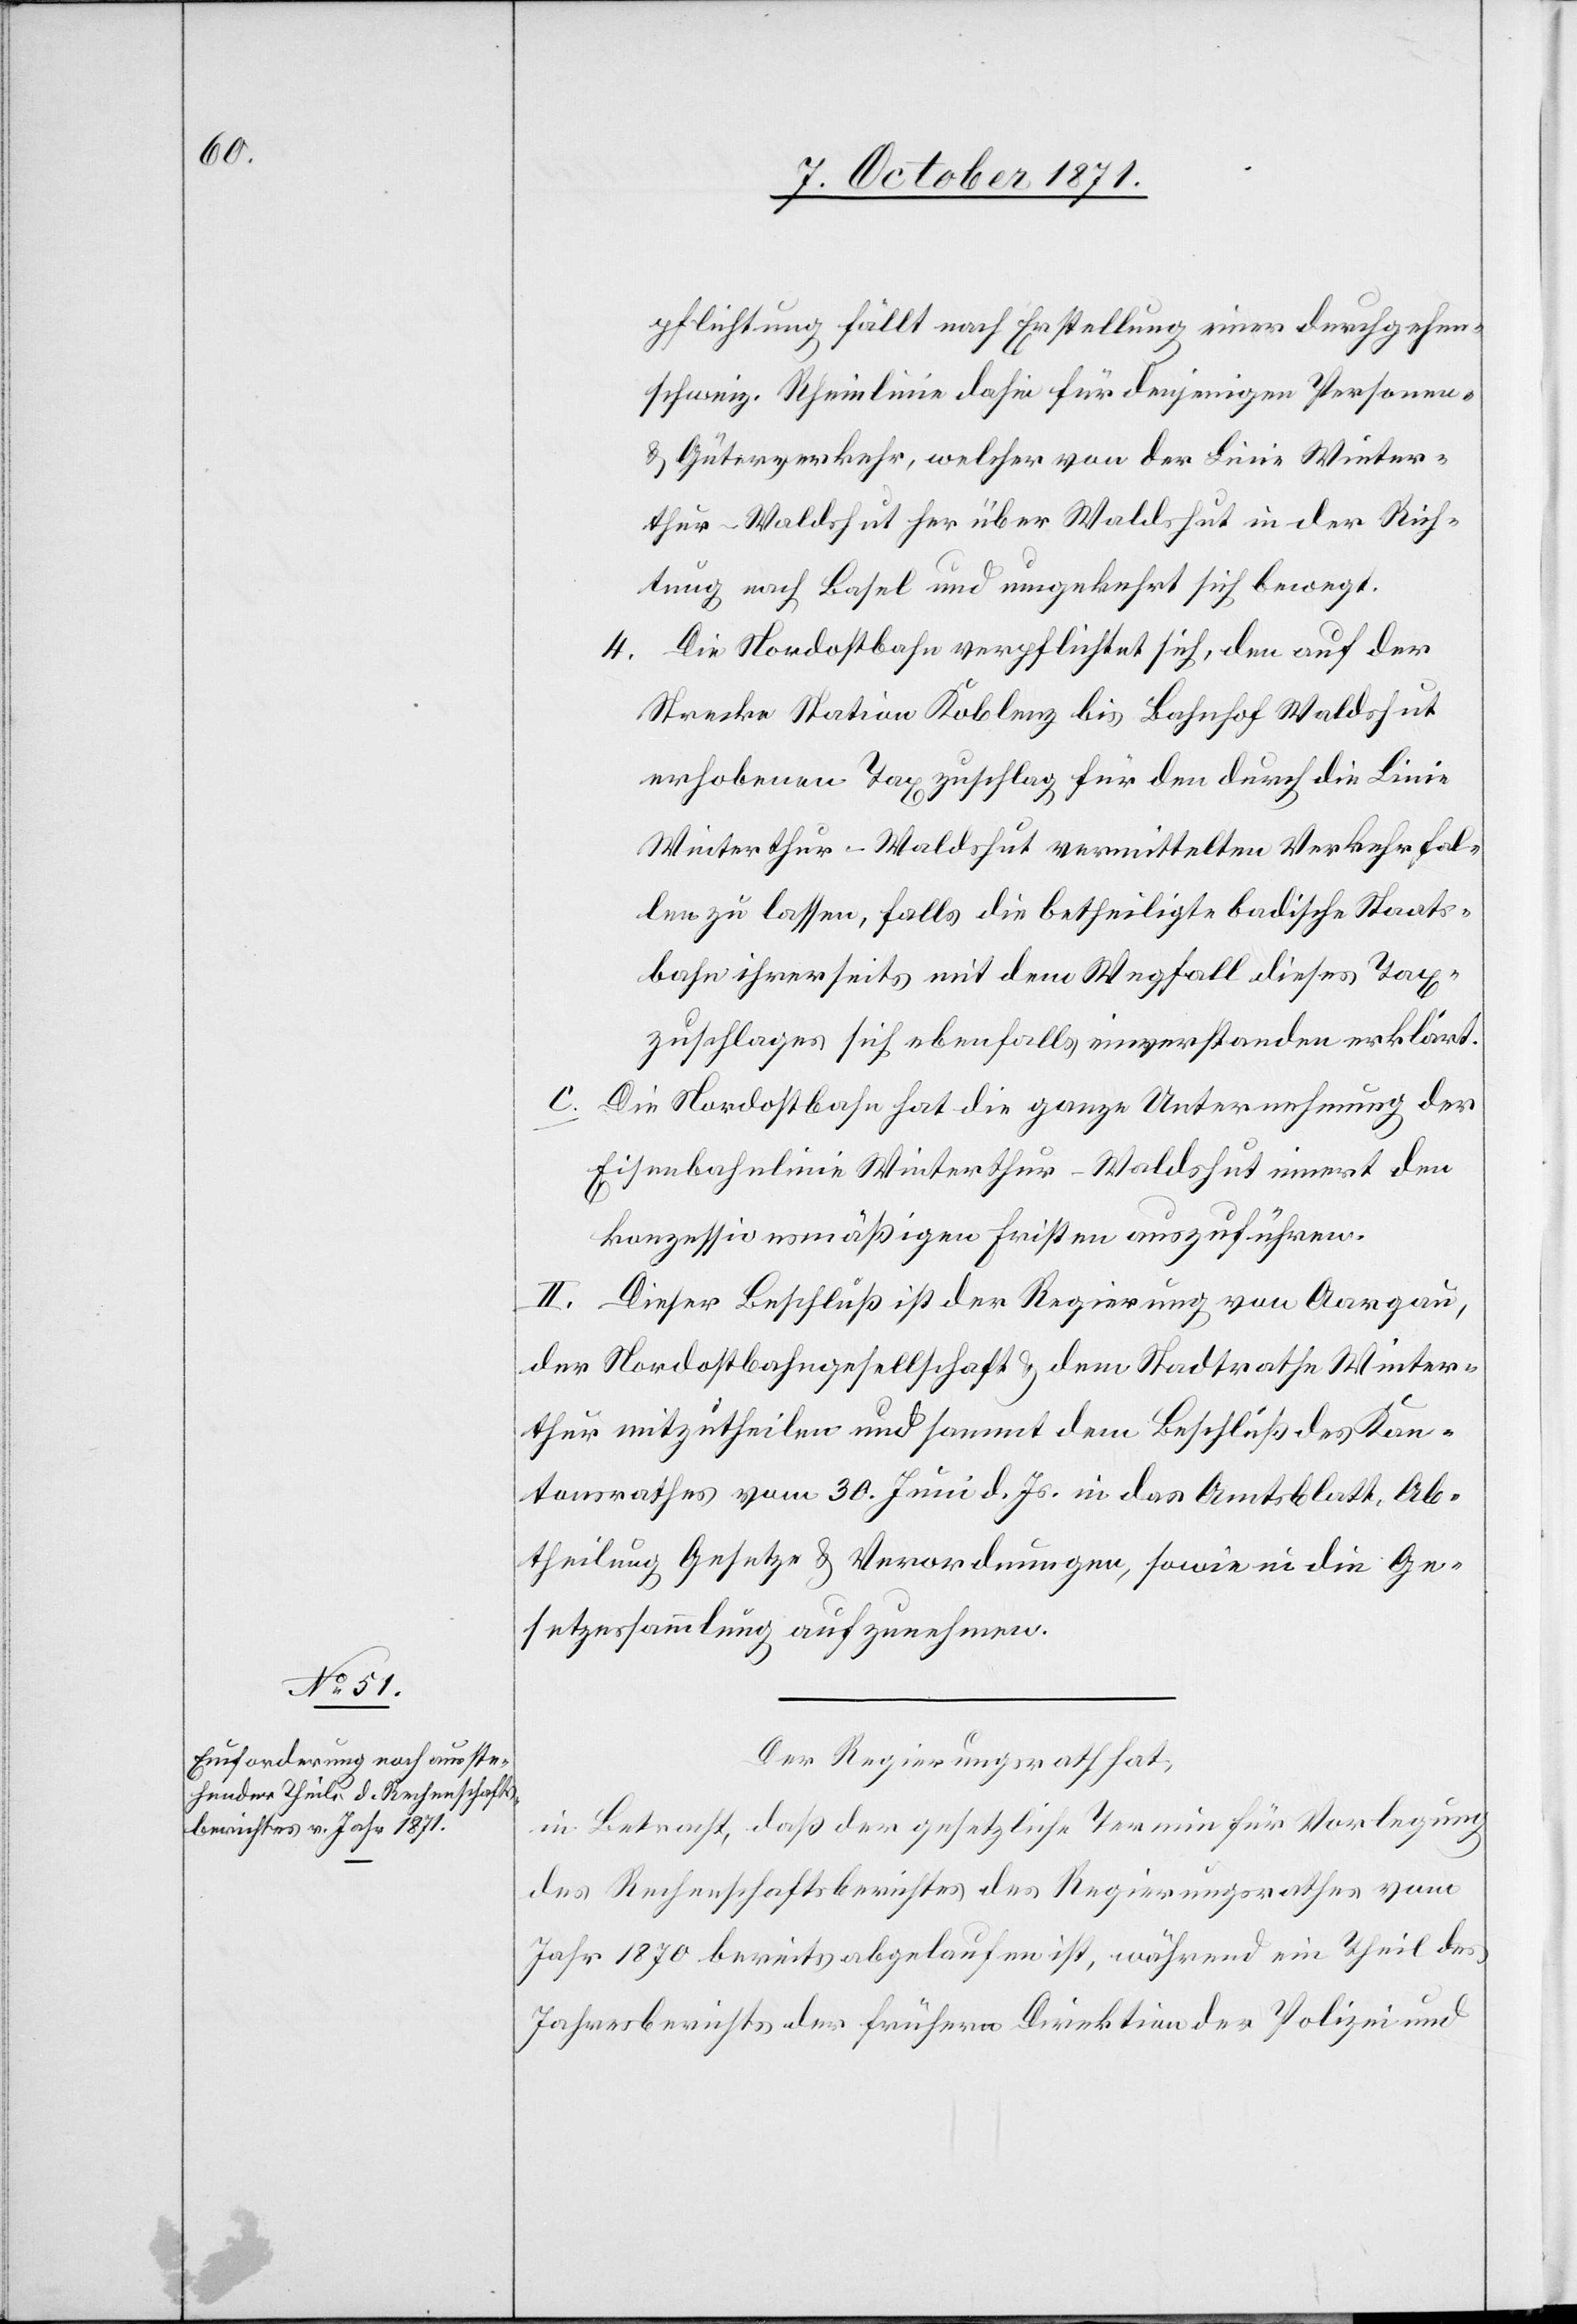
Der Regierungsrath hat,
in Betracht, daß der gesetzliche Termin für Vorlegung
des Rechenschaftsberichtes des Regierungsrathes vom
Jahr 1870 bereits abgelaufen ist, während ein Theil des
Jahresberichts der frühern Direktion der Polizei und